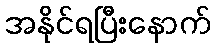
အနိုင်ရပြီးနောက်